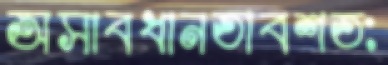
অসাবধানতাবশতঃ